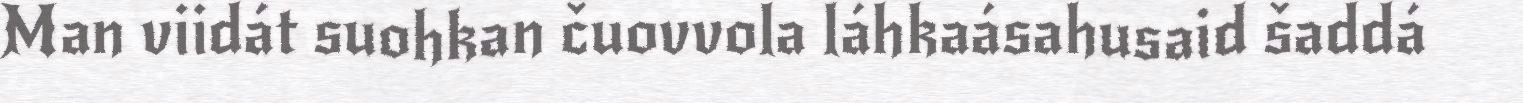
Man viidát suohkan čuovvola láhkaásahusaid šaddá